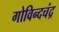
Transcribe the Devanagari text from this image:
गोविन्दचंद्र